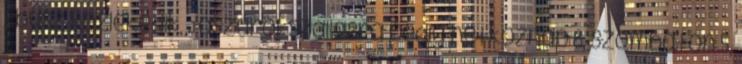
1 busz közlekedik, Jászárokszállásra pedig hétköznap 8, szombaton 5,